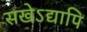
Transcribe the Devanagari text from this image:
सखेऽद्यापि